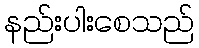
နည်းပါးစေသည်